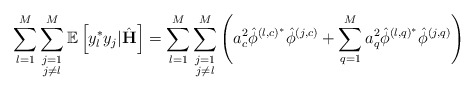
\begin{align*} \sum_{l=1}^M\sum\limits_{\substack{j=1\\j\neq l}}^M\mathbb{E}\left[y_l^* y_j|\hat{\mathbf{H}}\right]=\sum_{l=1}^M\sum\limits_{\substack{j=1\\j\neq l}}^M\left(a_c^2\hat{\phi}^{\left(l,c\right)^*}\hat{\phi}^{\left(j,c\right)}+\sum_{q=1}^M a_q^2\hat{\phi}^{\left(l,q\right)^*}\hat{\phi}^{\left(j,q\right)}\right)\end{align*}